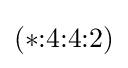
(*{:}4{:}4{:}2)